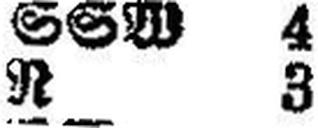
R 3